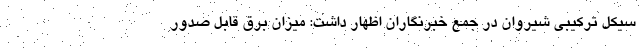
سیکل ترکیبی شیروان در جمع خبرنگاران اظهار داشت: میزان برق قابل صدور